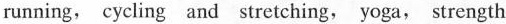
running ,cycling and stretching, yoga,strength